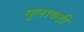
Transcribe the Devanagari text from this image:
गुलावठी